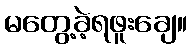
မတွေ့ခဲ့ရဖူးချေ။